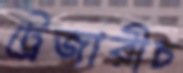
ট্রেজারীচ